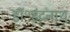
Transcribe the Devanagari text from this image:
डॉ॰इंद्रनाथ